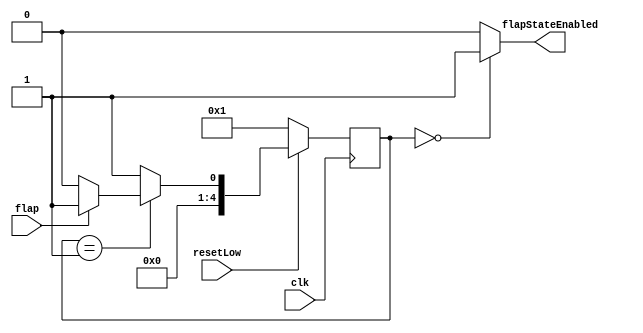
module flapController(flap, flapStateEnabled, clk, resetLow);
	input flap;
	input clk;
	input resetLow;
	output reg flapStateEnabled; // for logic regarding you can only flap/jump when not crashed and in the flapState state.
	
	reg [4:0] currentState;
	reg [4:0] nextState;
	
	localparam flapState = 2'd0,  flapStateWait = 2'd1;
					
	always @(*)
	begin
		case (currentState)
			flapState:			nextState = flapStateWait;
			flapStateWait:  nextState = flap ? flapStateWait : flapState;
			default: 	nextState = flapStateWait;
		endcase
	end
	
	always @(posedge clk)
   begin: state_FFs
		if(!resetLow)
			begin
				currentState <= flapStateWait;
			end
      else
           currentState <= nextState;
   end

	always @(*)
	begin
		case (currentState)
			flapState: flapStateEnabled = 1'b1;
			flapStateWait: flapStateEnabled = 1'b0;
			default: flapStateEnabled = 1'b0;
		endcase
	end

endmodule